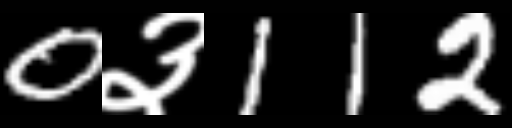
Text: 0३112